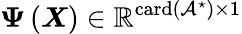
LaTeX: \boldsymbol{\Psi}\left(\boldsymbol{X}\right)\in\mathbb{R}^{\operatorname{card}\left(\mathcal{A}^{\star}\right)\times 1}